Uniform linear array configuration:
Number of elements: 32
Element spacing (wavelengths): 0.75
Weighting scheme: blackman
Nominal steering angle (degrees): -45
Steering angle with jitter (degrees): -44.201
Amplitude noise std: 0.05
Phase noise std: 0.05

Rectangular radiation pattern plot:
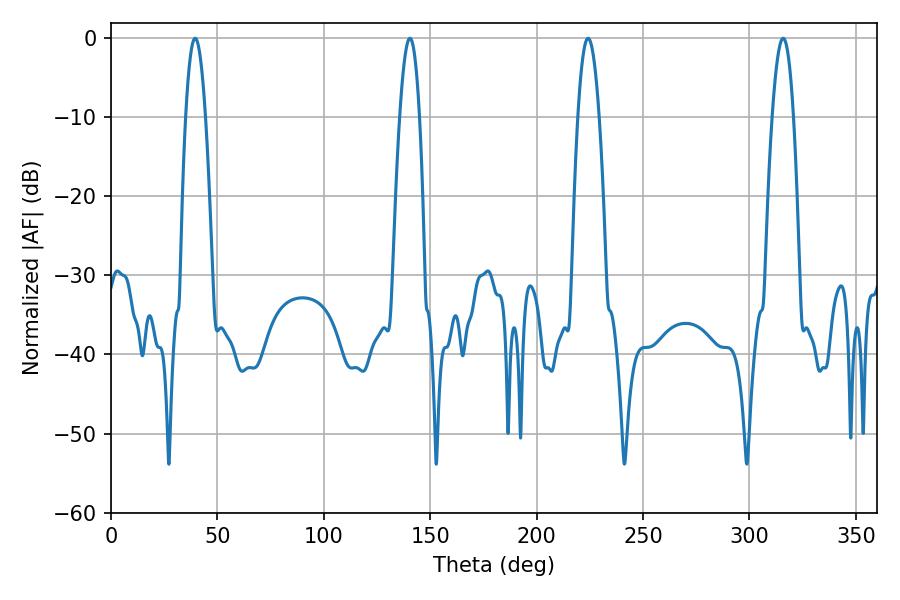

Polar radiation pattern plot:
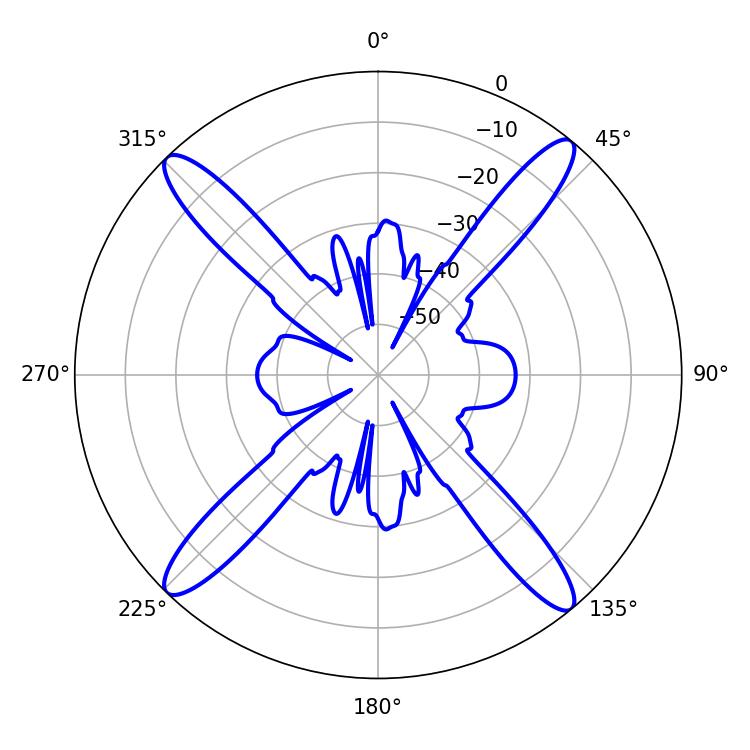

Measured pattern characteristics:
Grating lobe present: TRUE
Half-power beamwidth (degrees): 5.4
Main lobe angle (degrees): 224.1